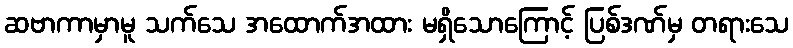
ဆဗာကာမှာမူ သက်သေ အထောက်အထား မရှိသောကြောင့် ပြစ်ဒဏ်မှ တရားသေ